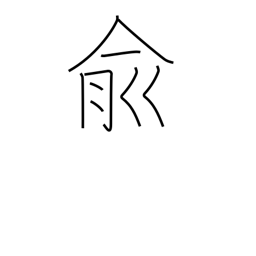
Meaning: affirmative response